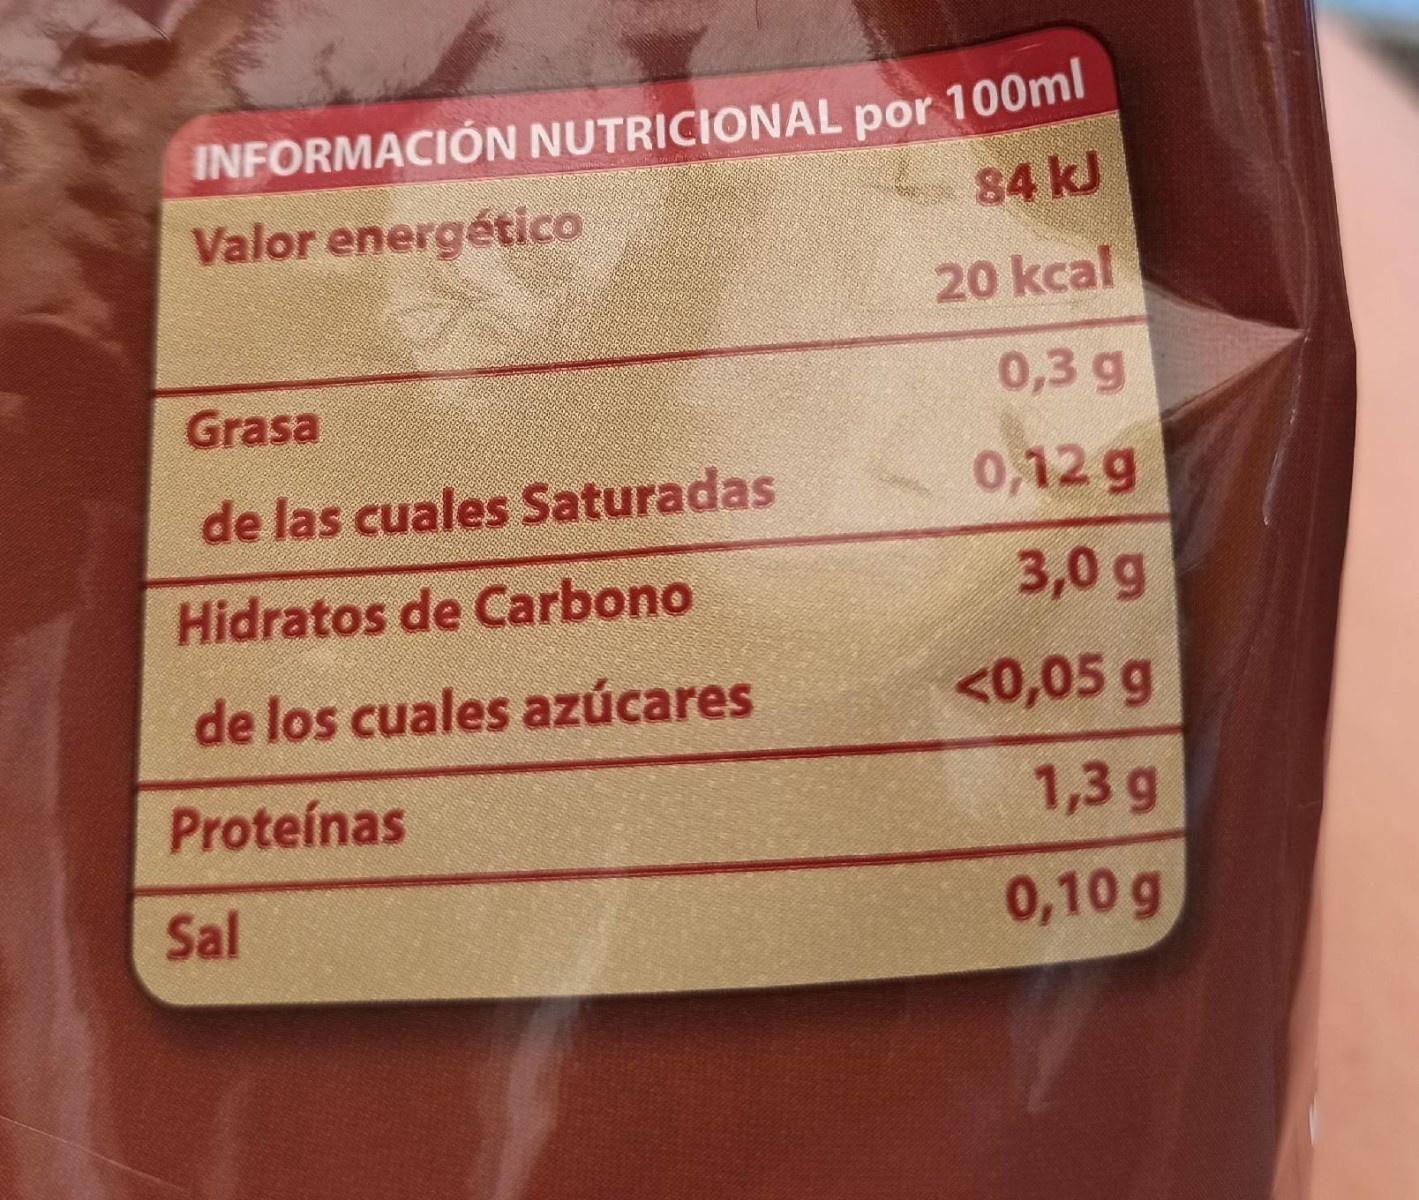
INFORMACIÓN NUTRICIONAL por 100ml 84 kJ
Valor energético
20 kcal
0,3 g
Grasa
de las cuales Saturadas
0,12 g
Hidratos de Carbono
3,0 g
de los cuales azúcares
<0,05 g
Proteínas
1,3 g
Sal
0,10 g